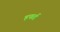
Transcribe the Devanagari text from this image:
हफर्ड